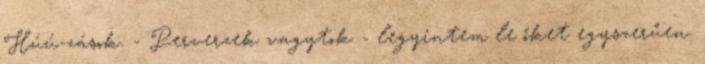
Húú-zások. - Perverzek vagytok - legyintem le őket egyszerűen.